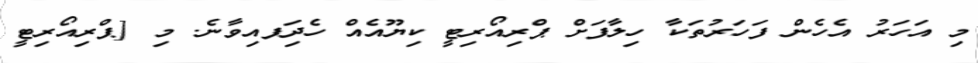
މި އަހަރު އެހެން ފަހަރުތަކާ ހިލާފަށް ޕްރިއޯރިޓީ ކިޔޫއެއް ހެދިަފއިވާނެ. މި [ޕްރިއޯރިޓީ